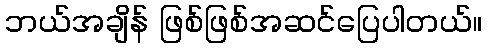
ဘယ်အချိန် ဖြစ်ဖြစ်အဆင်ပြေပါတယ်။